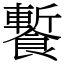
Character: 䭕